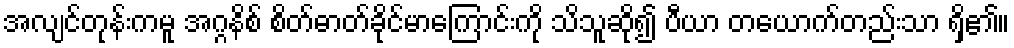
အလျင်တုန်းကမူ အဂ္ဂနိစ် စိတ်ဓာတ်ခိုင်မာကြောင်းကို သိသူဆို၍ ပီယာ တယောက်တည်းသာ ရှိ၏။